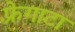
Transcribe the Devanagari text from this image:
फ़्रेगाटा